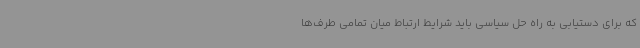
که برای دستیابی به راه حل سیاسی باید شرایط ارتباط میان تمامی طرف‌ها